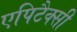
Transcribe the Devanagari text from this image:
एपिटैक्सी